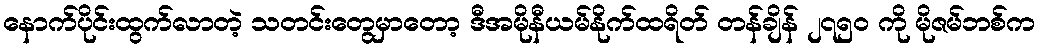
နောက်ပိုင်းထွက်လာတဲ့ သတင်းတွေမှာတော့ ဒီအမိုနီယမ်နိုက်ထရိတ် တန်ချိန် ၂၇၅၀ ကို မိုဇမ်ဘစ်က